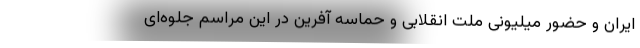
ایران و حضور میلیونی ملت انقلابی و حماسه آفرین در این مراسم جلوه‌ای